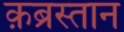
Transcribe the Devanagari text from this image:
क़ब्रस्तान